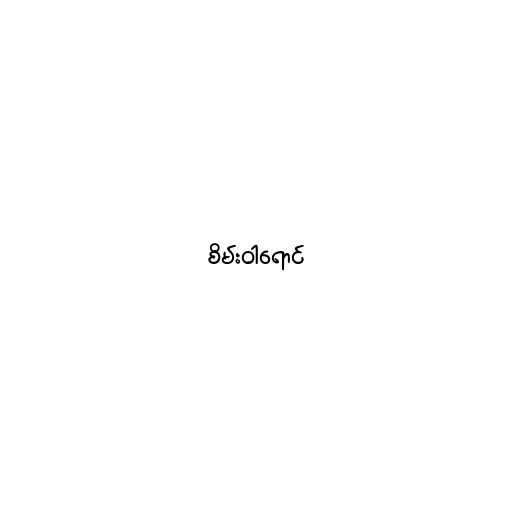
စိမ်းဝါရောင်